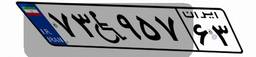
۷۳W۹۵۷۶۳